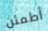
أطمئن